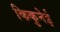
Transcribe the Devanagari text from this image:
किकुनेई